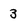
Character: 3